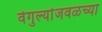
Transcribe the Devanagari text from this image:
वेंगुर्ल्याजवळच्या